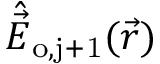
\hat { \Vec { E } } _ { \mathrm { o , j + 1 } } ( \Vec { r } )